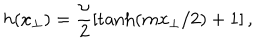
h ( x _ { \bot } ) = \frac { \upsilon } { 2 } \left[ \tanh ( m x _ { \bot } / 2 ) + 1 \right] ,